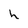
Character: h